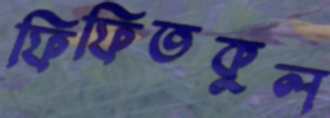
ফিফিতকুল